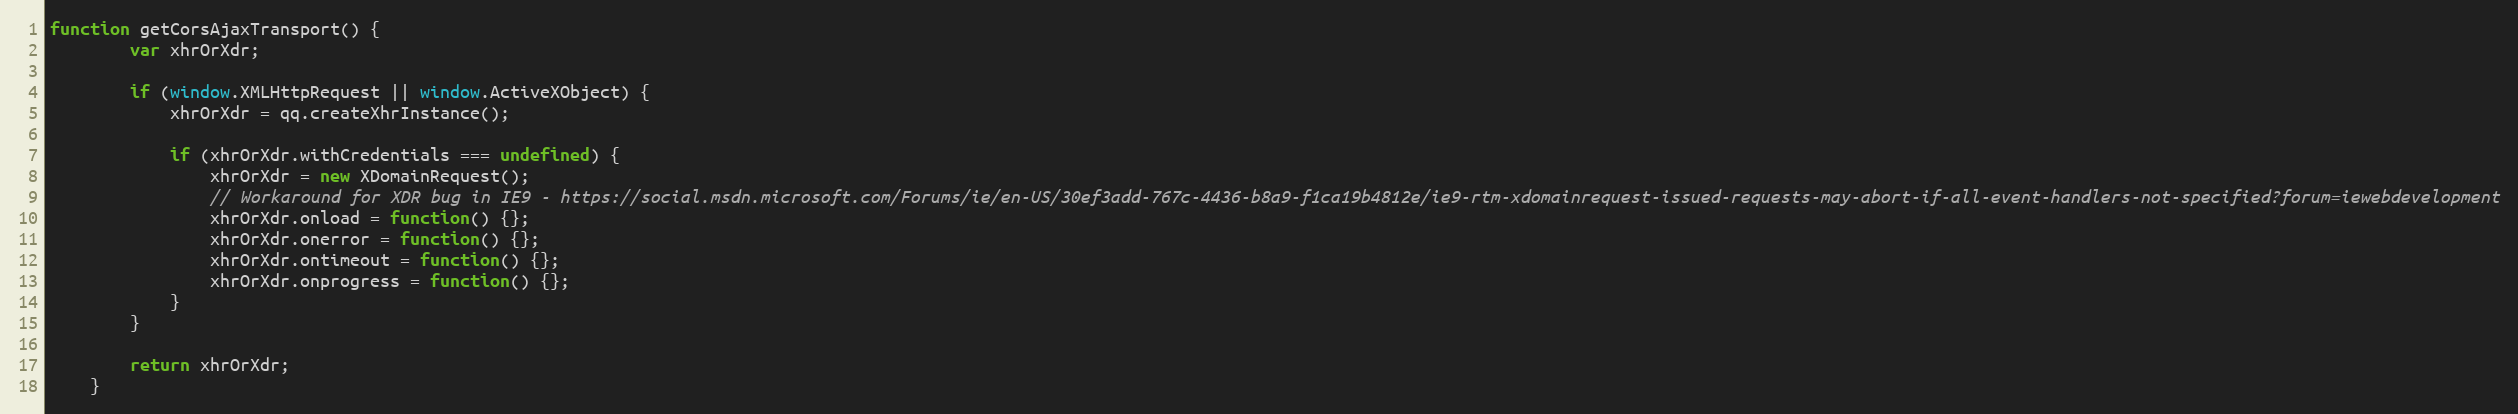
Language: JavaScript
function getCorsAjaxTransport() {
        var xhrOrXdr;

        if (window.XMLHttpRequest || window.ActiveXObject) {
            xhrOrXdr = qq.createXhrInstance();

            if (xhrOrXdr.withCredentials === undefined) {
                xhrOrXdr = new XDomainRequest();
                // Workaround for XDR bug in IE9 - https://social.msdn.microsoft.com/Forums/ie/en-US/30ef3add-767c-4436-b8a9-f1ca19b4812e/ie9-rtm-xdomainrequest-issued-requests-may-abort-if-all-event-handlers-not-specified?forum=iewebdevelopment
                xhrOrXdr.onload = function() {};
                xhrOrXdr.onerror = function() {};
                xhrOrXdr.ontimeout = function() {};
                xhrOrXdr.onprogress = function() {};
            }
        }

        return xhrOrXdr;
    }